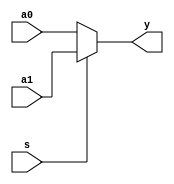
module mux2x1_behavioral_case_default(y, s, a0, a1);
   input s, a0, a1;
   output y;

   reg 	  y; // y can't be a net.
   
   always @(s or a0 or a1)
     begin
	case(s)
	  1'b0: y = a0;
	  default: y = a1;
	endcase // case (s)
     end
   
endmodule // mux2x1_behavioral_case_default